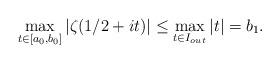
LaTeX: \begin{align*}\max_{t\in [a_0,b_0]}|\zeta(1/2+it)| \le \max_{t\in I_{out}} |t|=b_1.\end{align*}